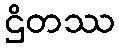
ဌိတဿ